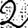
Digit: 2